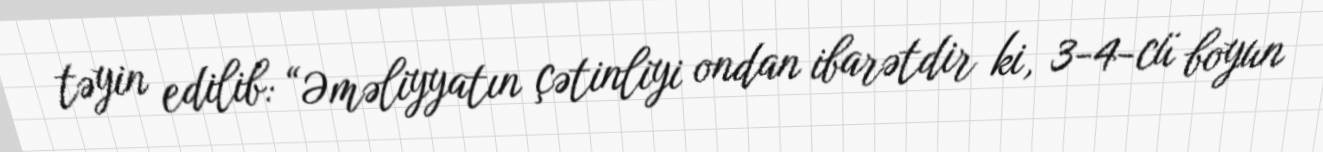
təyin edilib: “Əməliyyatın çətinliyi ondan ibarətdir ki, 3-4-cü boyun